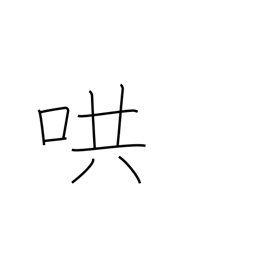
Meaning: reverberate